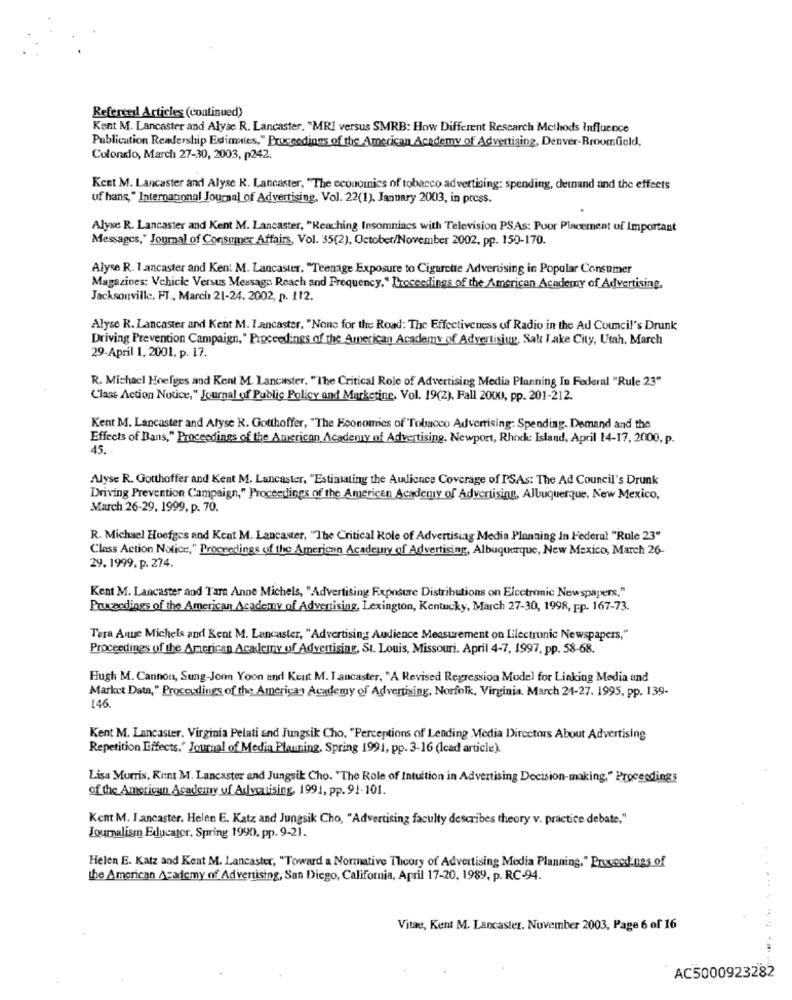
Refereed Articles (continued)
Kent M. Lancaster and Alyse R. Lancaster, "MRI versus SMRB: How Different Research Methods Influence
Publication Readership Estimates," Proceedings of the American Academy of Advertising, Denver-BroomGeld.
Colorado, March 27-30, 2003, p242.
Kent M. Lancaster and Alyse R. Lancaster, "The economics of tobacco advertising: spending, detnand and the effects
uf hans," International Journal of Advertising, Vol. 22(1), January 2003, in press.
Alyse R. Lancaster and Kent M. Lancaster, "Reaching Insomnincs with Television PSAs: Poor Placement of Important
Messages," Journal of Consumer Affairs, Vol. 35(2), October/November 2002, pp. 150-170.
Alyse R. 1 ancaster and Ken: M. Lancaster. "Teenage Exposure to Cigarette Advertising in Popular Consumer
Magazines: Vehicle Versus Message Reach and Frequency, ' Proceedings of the American Academy of Advertising.
Jacksonville, FT , March 21-24. 2002, p. 112.
Alyse R. Lancaster and Kent M. Lancaster, "None for the Road: The Effectiveness of Radio in the Ad Council's Drunk
Driving Prevention Campaign," Proceedings of the American Academy of Advertising, Salt Lake City, Utah, March
29-April 1, 2001, p. 17.
R. Michael Hoefges and Kent M. Lancaster. "The Critical Role of Advertising Media Planning In Federal "Rule 23"
C'last Action Notice," Journal of Public Policy and Marketing, Vol. 19(2), Fall 2000, pp. 201-212.
Kent M. Lancaster and Alyse R. Gotthoffer, "The Feonomies of Tobacco Advertising: Spending. Demand and the
Effects of Bans," Proceedings of the American Academy of Advertising, Newport, Rhode Island, April 14-17, 2000, p.
45.
Alyse R. Gotthoffer and Kent M. Lancaster, "Estimating the Audience Coverage of P'SAs: The Ad Council's Drunk
Driving Prevention Campaign," Proceedings of the American Academy of Advertising, Albuquerque. New Mexico,
March 26-29, 1999, p. 70.
R. Michael Hoefges and Kent M. Lancaster, "The Critical Role of Advertising Media Planning In Federal "Rule 23"
Class Action Notice," Proceedings of the American Acadeury of Advertising, Albuquerque, New Mexico, March 26-
29. 1999. p. 274.
Kent M. Lancaster and Tar Anne Michels, "Advertising Exposure Distributions on Electronic Newspapers."
Puxeedings of the American Academy of Advertising, Lexington, Kentucky, March 27-30, 1998, pp. 167-73.
Tara Aque Michels and Rent M. Lancaster, "Advertising Audience Measurement on Lilectronic Newspapers,"
Proceedings of the American Academy of Advertising, St. Louis, Missouri. April 4-7, 1997, pp. 58-68.
Hugh M. Cannon, Sung-Jonn Yoon and Kunst M. I.ancaster, "A Revised Regression Model for Linking Media and
Market Data," Proceedings of the American Academy of Advertising, Norfolk, Virginia, March 24-27. 1995, pp. 139-
146
Kent M. Lancaster. Virginia Pelati and Jungsik Cho, "Perceptions of Leading Media Directors About Advertising
Repetition Effects," Journal of Media Planning. Spring 1991, pp. 3-16 (Icad article).
Lisa Morris, Kent M. Lancaster and Jungsit Cho. "The Role of Intuition in Advertising Decision-making," Proceedings
of the American Academy uf Advatising, 1991, pp. 91-101.
Kent M. I .ancaster. Helen E. Katz and Jungsik Cho, "Advertising faculty describes theory v. practice debate,"
Journalism Educator, Spring 1990, pp. 9-21.
Helen E. Katz and Kent M. Lancaster, "Toward a Normative Theory of Advertising Media Planning," Proceedings of
the American Academy of Advertising, San Diego, California, April 17-20, 1989, p. RC-94.
Vitae, Kent M. Lancaster. November 2003, Page 6 of 16
AC5000923282